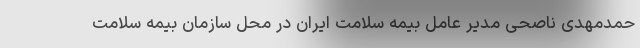
حمدمهدی ناصحی مدیر عامل بیمه سلامت ایران در محل سازمان بیمه سلامت